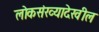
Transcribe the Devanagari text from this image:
लोकसंख्यादेखील